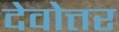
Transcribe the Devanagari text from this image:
देवोत्तर